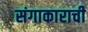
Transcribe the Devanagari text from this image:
संगाकाराची